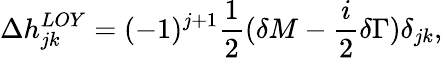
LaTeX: \Delta h_{jk}^{LOY}=(-1)^{j+1}\frac{1}{2}(\delta M-\frac{i}{2}\delta\Gamma){\delta}_{jk},